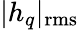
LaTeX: |h_{q}|_{\mathrm{rms}}